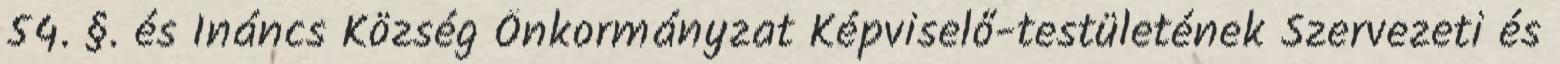
54. §. és Ináncs Község Önkormányzat Képviselő-testületének Szervezeti és